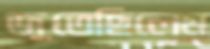
জুতেছিলেম